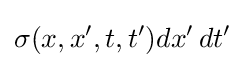
\sigma (x,x',t,t')dx'\,dt'